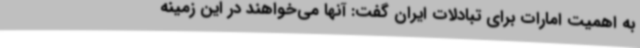
به اهمیت امارات برای تبادلات ایران گفت: آنها می‌خواهند در این زمینه